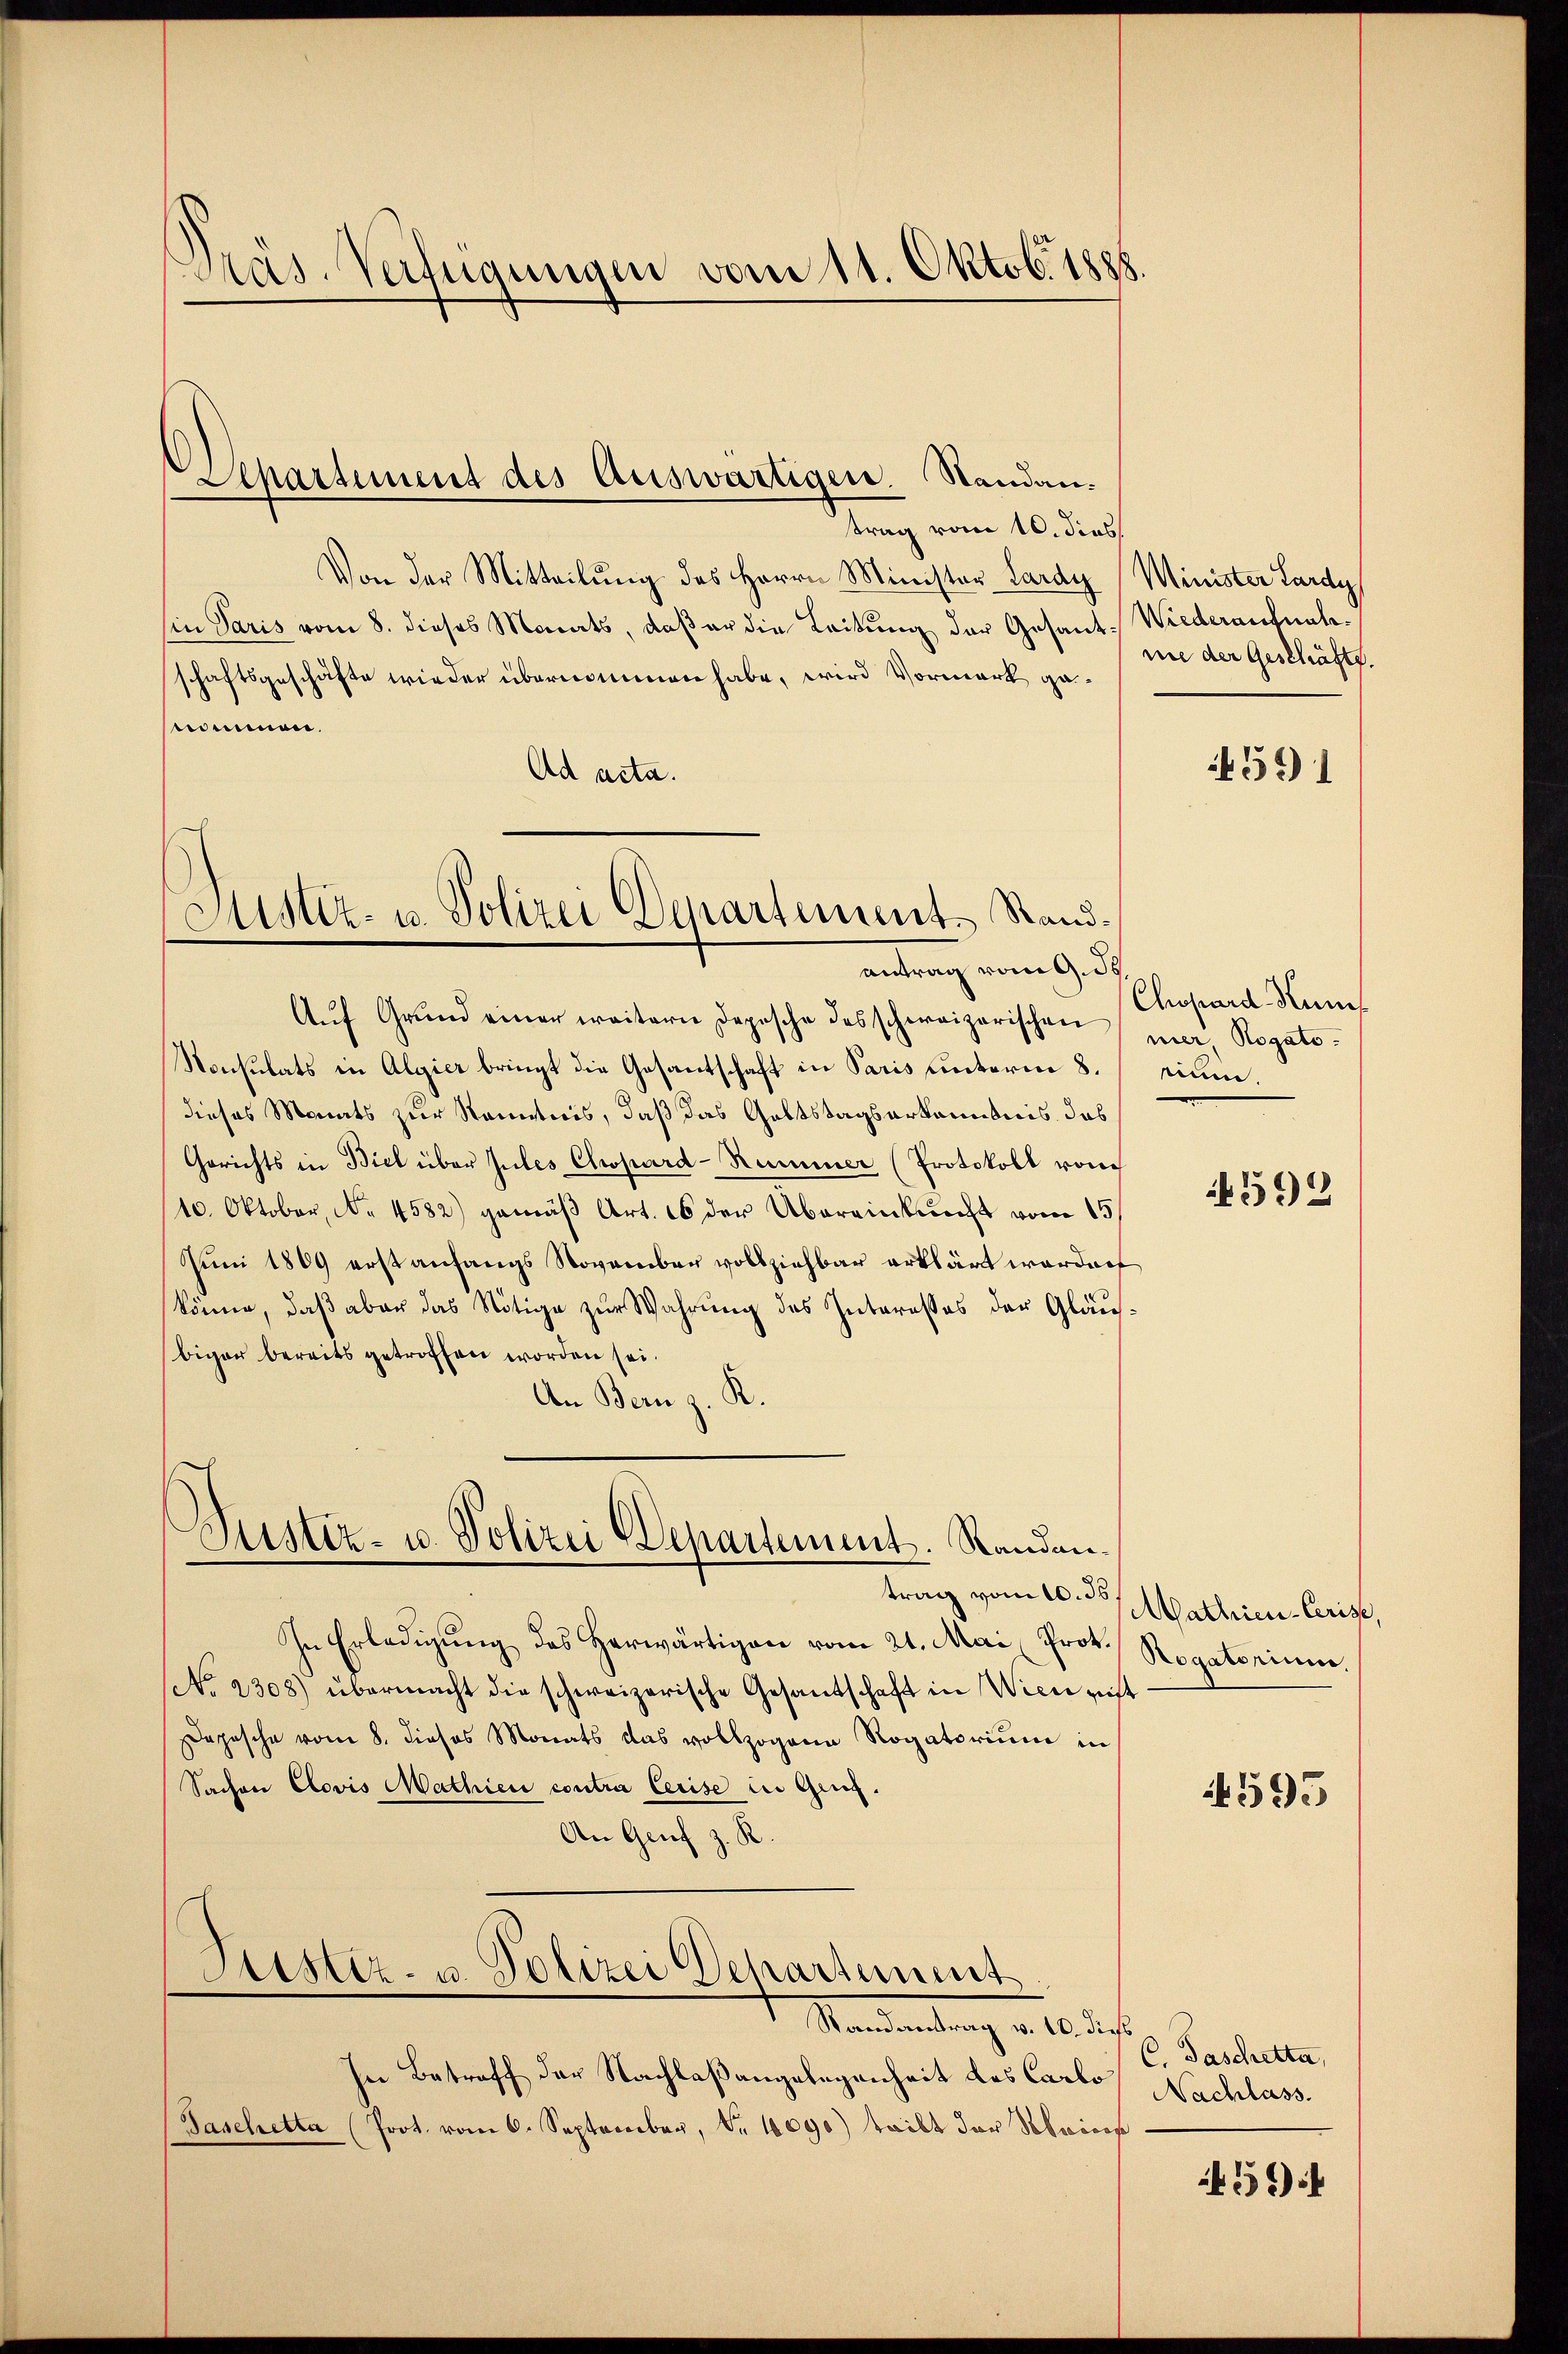
Präs. Verfügungen vom 11. Oktob. 1888

Departiment des Auswärtigen. Standan-
trag vom 10. dies

Von der Mitteilung des Herrn Minister Lardy
sin Paris vom 8. dieses Monats, daß er die Leitung der Gesantschaftsgeschäfte wieder übernommen habe, wird Vormark genommen.
Ad acta.

Sistiz- u. Polizei Departement. Standantrag vom 9. d.

Zustiz- u. Polizei Departement. Standen.

Justiz- u. Polizei Departement

trag vom 10. ds
In Erledigung des Herwärtigen vom 21. Mai, Prot.
No. 2308) übermacht die schweizerische Gesantschaft in Wien geist
Depesche vom 8. dieses Monats das vollzogene Rogatorium in
Sachen Clovis Mathien contra leise in Gang.
An Genf z. R.

Mandantung v. 10 des
In Betreff der Nachlaßangelegenheit des Carbo Nachlass
Jaschetta (Prot. vom 6. September, Nr. 1090) teilt der Schricos

Minister Lardy
Wiederaufnahm.
nie der Geschäfte.

Aŭf Grŭnd einer weitern Depesche des schweizerischen Chopard Rin
Konsulats in Algier bringt die Gesantschaft in Paris unterm 8. Sinn.
dieses Monats zur Kenntnis, daß das Galtstagserkanntnis das
Gerichts in Biel über Juiles Clwpard-Rummer (Protokoll von
10. Oktober, No 4582) gemäß Art. 16 der Übereinkunft vom 15.
Juni 1809 erst anfangs November vollziehbar erklärt worden
könne, daß aber das Nötige zur Wahrung des Interesses der Gläubiger bereits getroffen worden sei.
An Bern z. R.

459 1

ner, Rogato.

592

Mathien-Cerist,
Rogatorium

4595

C. Taschetta,

59